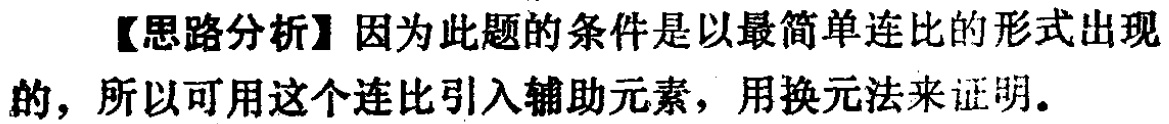
【思路分析】因为此题的条件是以最简单连比的形式出现的，所以可用这个连比引入辅助元素，用换元法来证明。